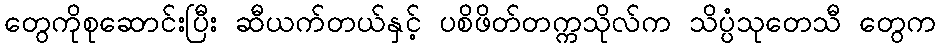
တွေကိုစုဆောင်းပြီး ဆီယက်တယ်နှင့် ပစိဖိတ်တက္ကသိုလ်က သိပ္ပံသုတေသီ တွေက